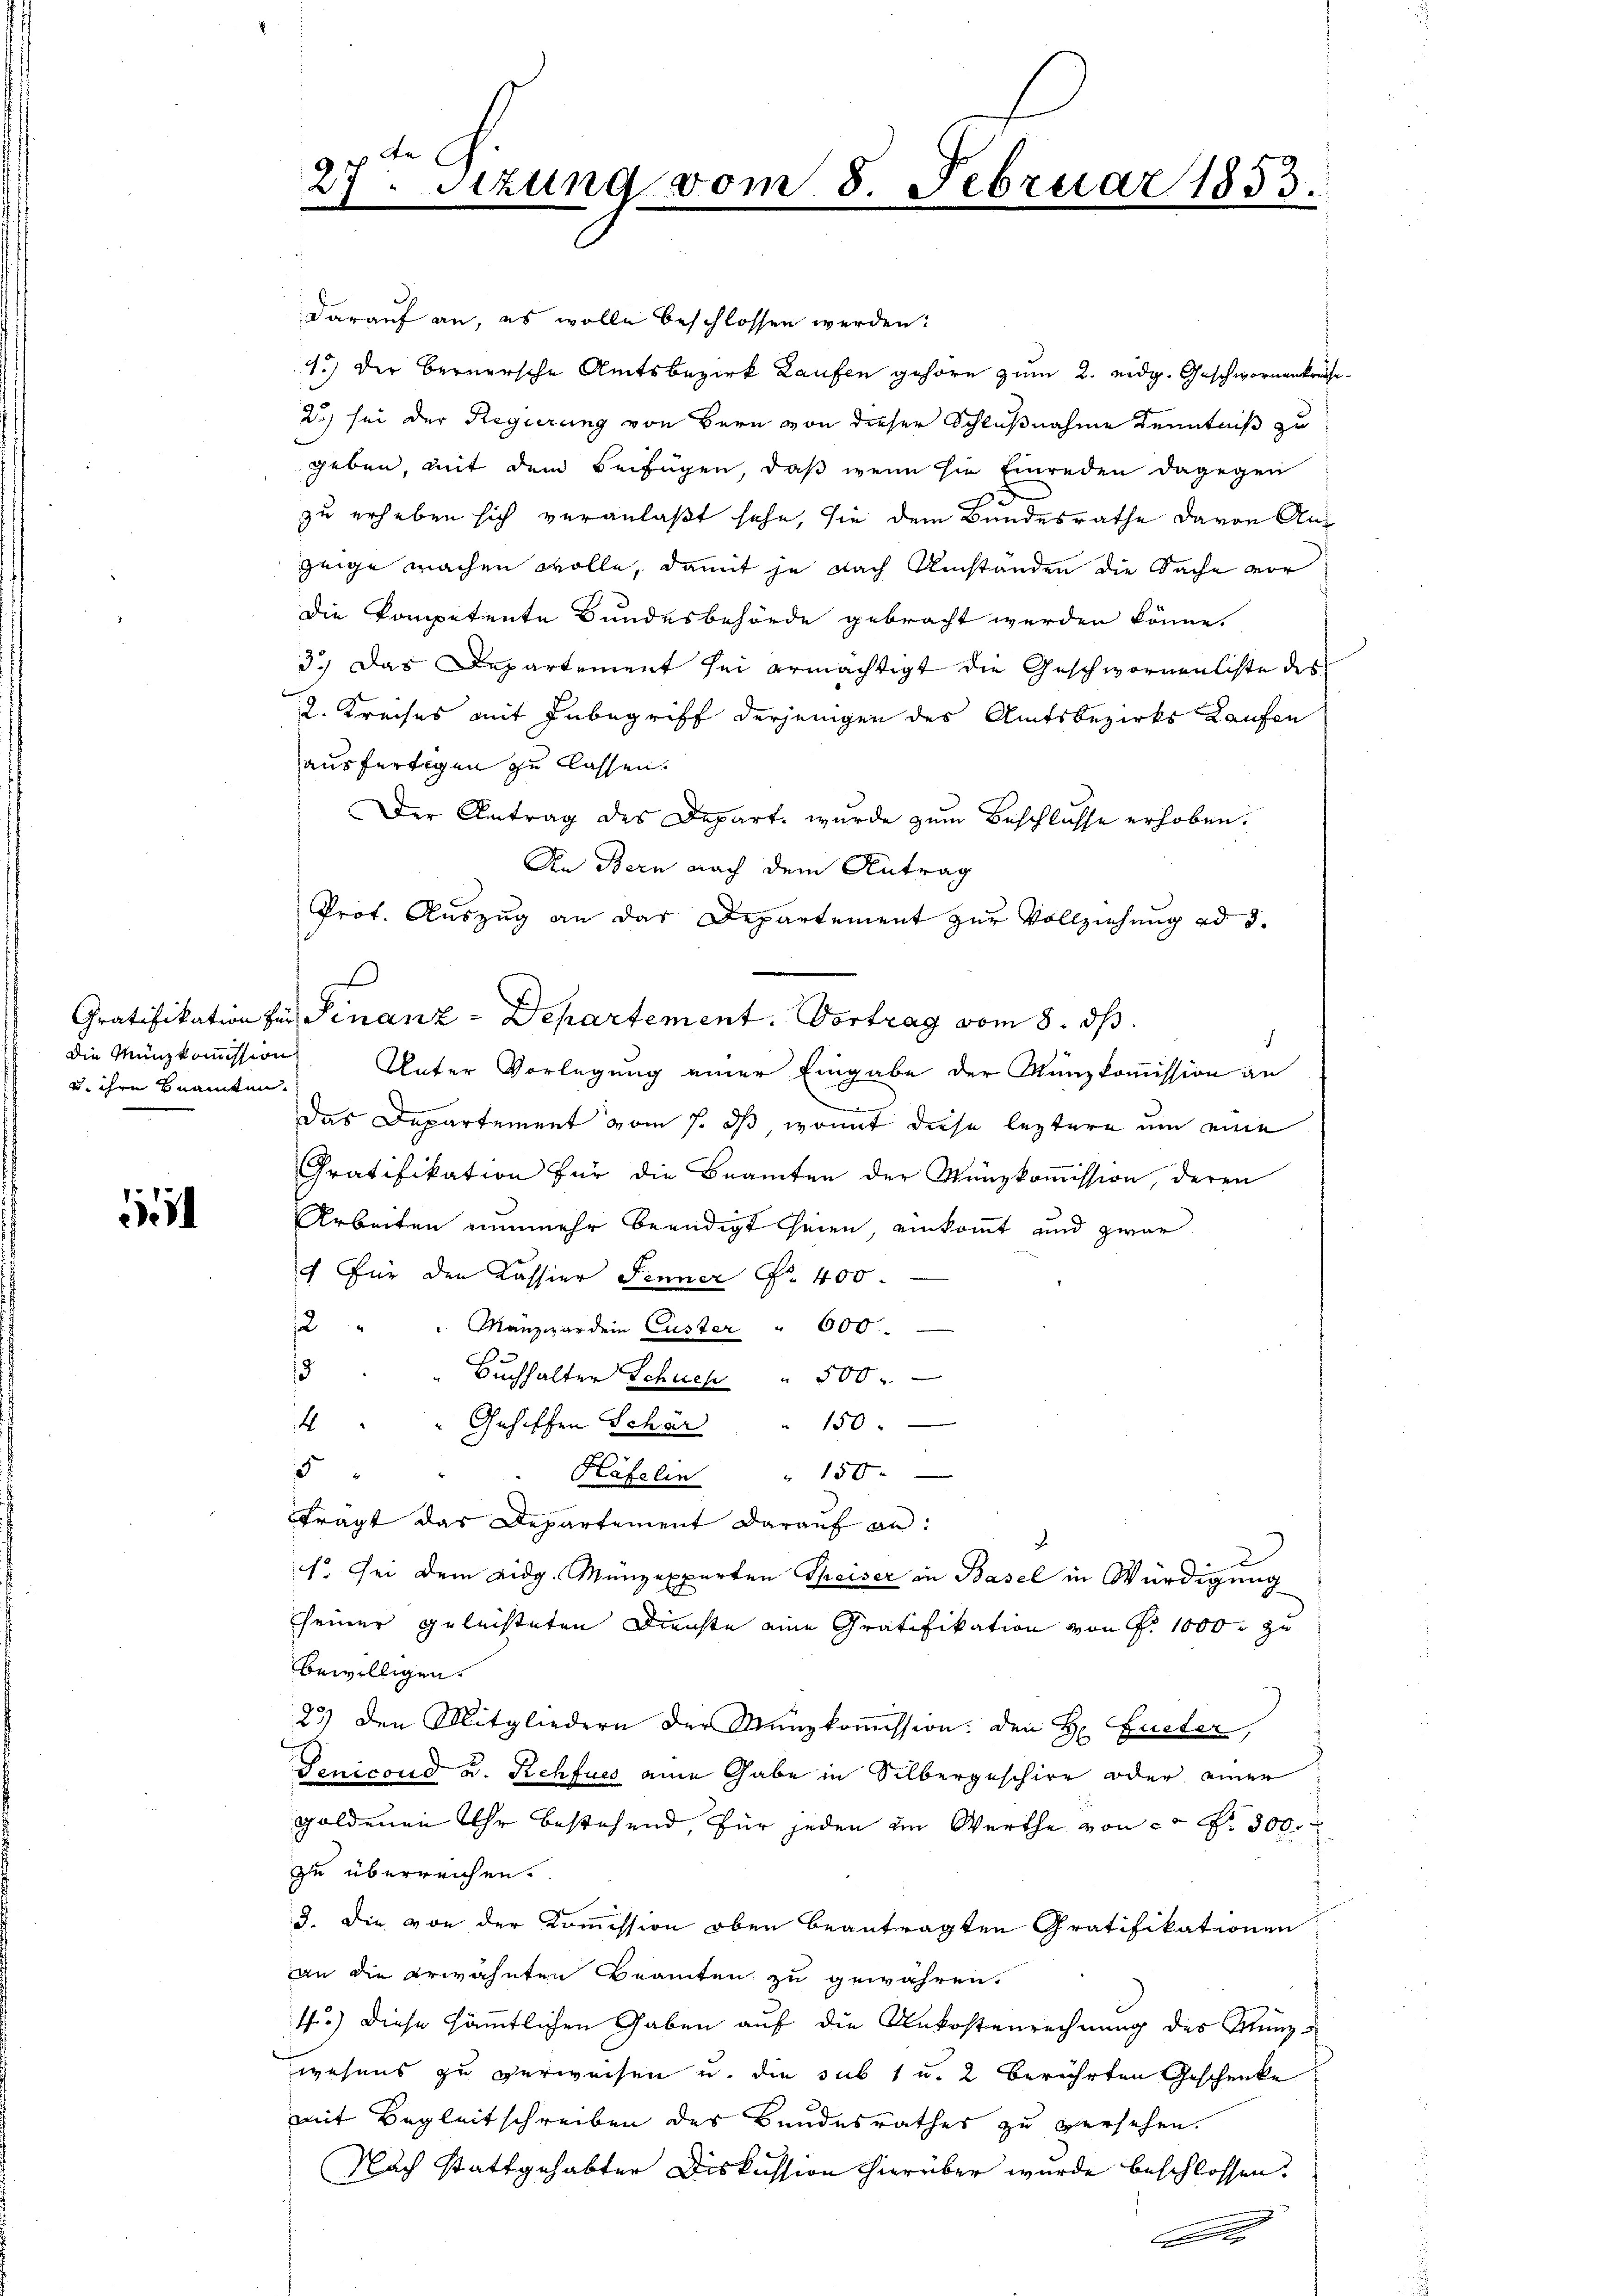
die Münzkommission
u. ihre Beamten.

1

darauf an, es wolle beschlossen werden:
1.) Der Bernersche Amtsbezirk Laufen gehöre zum 2. eidg. Geschwornenkreise
2) sei der Regierung von Bern von dieser Schlußnahme Kenntniß zu
geben, mit dem Beifügen, daß wenn sie Einreden dagegen

27. Sitzung vom 8. Februar 1853.

zu erheben sich veranlaßt sehe, sie dem Bundesrathe davon Anzeige machen wolle, damit je nach Umständen die Sache vor
Die kompetente Bundesbehörde gebracht werden könne.
3.) Das Departement sei ermächtigt die Geschwornenlichte des
2. Kreises mit Inbegriff derjenigen des Amtsbezirks Kaufen
ausfertigen zu lassen.
Der Antrag des Depart wurde zum Beschlusse erhoben.
An Bern nach dem Antrag
Prot. Auszug an das Departement zur Vollziehung ad 3.
Gratifikation zur Finanz-Departement. Vortrag vom 8. ds.
Unter Vorlegung einer Eingabe der Münzkommission an
c
Das Departement vom 7. ds, womit diese leztere um eine
Gratifikation für die Beamten der Münzkommission, deren
Arbeiten nunmehr beendigt seien, einkommt und zwar
4 Für den Cassier Jenner N. 400.
2 " " Mänzwar dem Custer " 600
15
Buchhalter Schuch " 500
4 " " Gehiffen Schön
150
5 " " " Pläfelin " 150.
fragt das Departement darauf an:
.
f. Sei dem eidg. Münzexperten Theiser in Basel in Würdigung
seiner geleisteten Drechte eine Gratifikation von P. 1000 zu
bewilligen.
25) den Mitgliedern der Münzkoṁission: den H Gueter,
Genicoud u. Rehfues eine Gabe in Silbergeschire oder einer
goldenen Uhr bestehend, für jeden im Werthe von ca Fr. 300.
zu überreichen.
3. die von der Kommission oben beantragten Gratifikationen
an die erwähnten Beamten zu gewähren.
1.) Diese sämmtlichen Gaben auf die Unkostenrechnung des Münzwesens zu verweisen u. die sub 1 u. 2 berührten Geschenke
mit Begleitschreiben des Bundesrathes zu versehen.
Nach stattgehabter Diskussion hierüber wurde beschlossen.

C